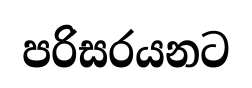
පරිසරයනට